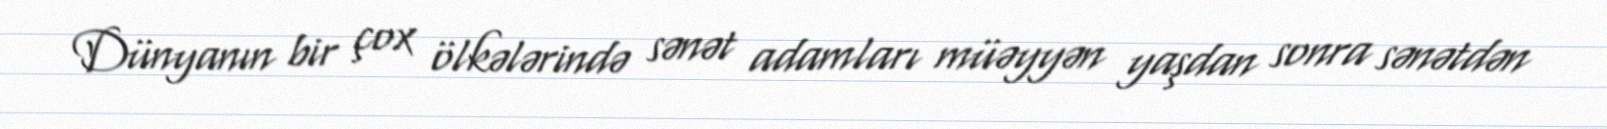
Dünyanın bir çox ölkələrində sənət adamları müəyyən yaşdan sonra sənətdən